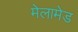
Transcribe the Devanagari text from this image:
मेलामेड